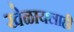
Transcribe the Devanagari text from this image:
खेळायलाही